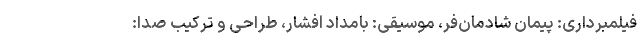
فیلمبرداری: پیمان شادمان‌فر، موسیقی: بامداد افشار، طراحی و ترکیب صدا: